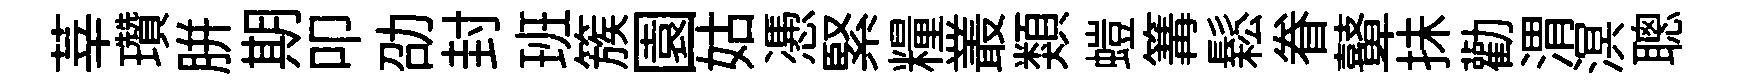
莘瓚胼期叩劭封班簇園姑慿緊糧叢類螘篝鬆眷鼙抺勸渭溟聰